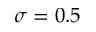
\sigma = 0 . 5